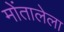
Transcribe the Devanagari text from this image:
मोंतालेला